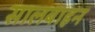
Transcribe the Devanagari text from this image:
सालबाहन